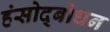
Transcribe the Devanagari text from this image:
हंसोद्बोधन